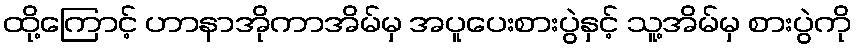
ထို့ကြောင့် ဟာနာအိုကာအိမ်မှ အပူပေးစားပွဲနှင့် သူ့အိမ်မှ စားပွဲကို